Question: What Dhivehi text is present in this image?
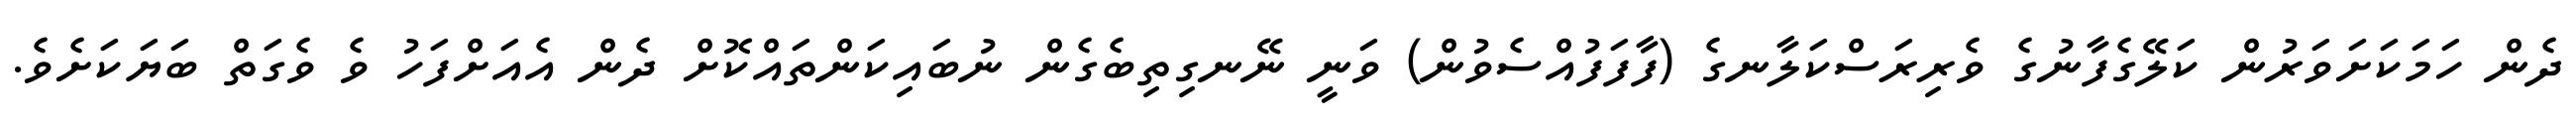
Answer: ދެން ހަމަކަށަވަރުން ކަލޭގެފާނުގެ ވެރިރަސްކަލާނގެ (ފާފަފުއްސެވުން) ވަނީ ނޭނގިތިބެގެން ނުބައިކަންތައްކޮށް ދެން އެއަށްފަހު ވެ ވެގަތް ބަޔަކަށެވެ.